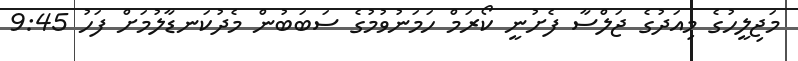
މަޖިލީހުގެ މިއަދުގެ ޖަލްސާ ފެށުނީ ކޯރަމް ހަމަނުވުމުގެ ސަބަބުން މެދުކަނޑާލުމަށް ފަހު 9:45